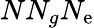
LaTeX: NN_{g}N_{\mathrm{e}}